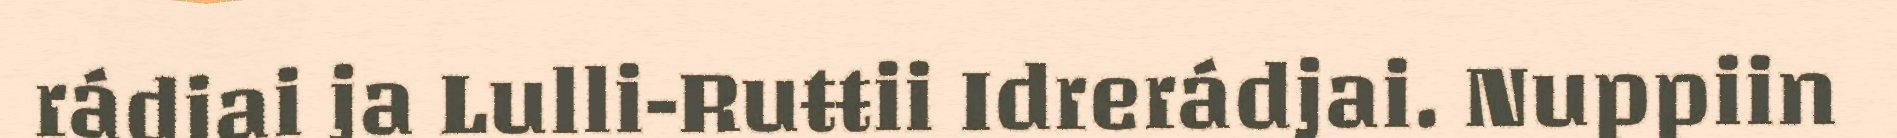
rádjai ja Lulli-Ruŧŧii Idrerádjai. Nuppiin